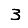
Digit: 3